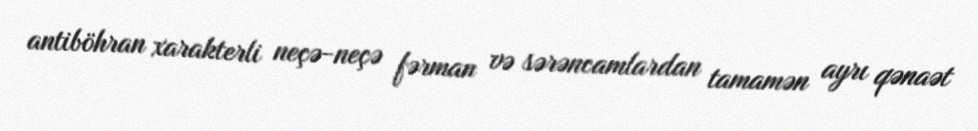
antiböhran xarakterli neçə-neçə fərman və sərəncamlardan tamamən ayrı qənaət